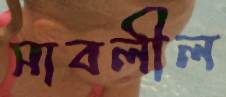
সাবলীল